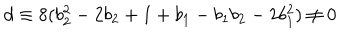
d \equiv 8 ( b _ { 2 } ^ { 2 } - 2 b _ { 2 } + 1 + b _ { 1 } - b _ { 1 } b _ { 2 } - 2 b _ { 1 } ^ { 2 } ) \neq 0